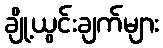
ချို့ယွင်းချက်များ